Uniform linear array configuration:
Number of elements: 16
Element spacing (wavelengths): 0.5
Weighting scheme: exponential
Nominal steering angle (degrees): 45
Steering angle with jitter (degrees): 44.99
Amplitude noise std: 0.05
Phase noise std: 0.05

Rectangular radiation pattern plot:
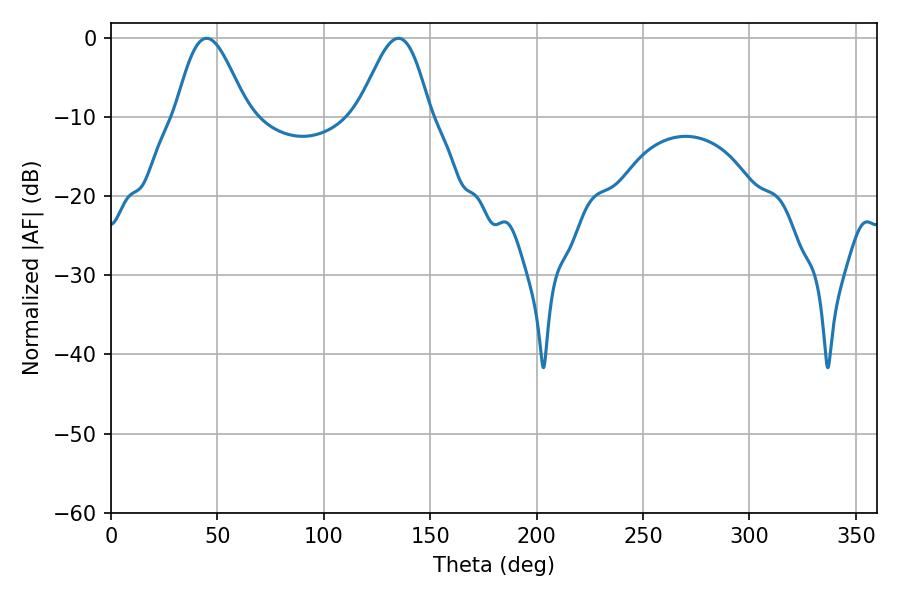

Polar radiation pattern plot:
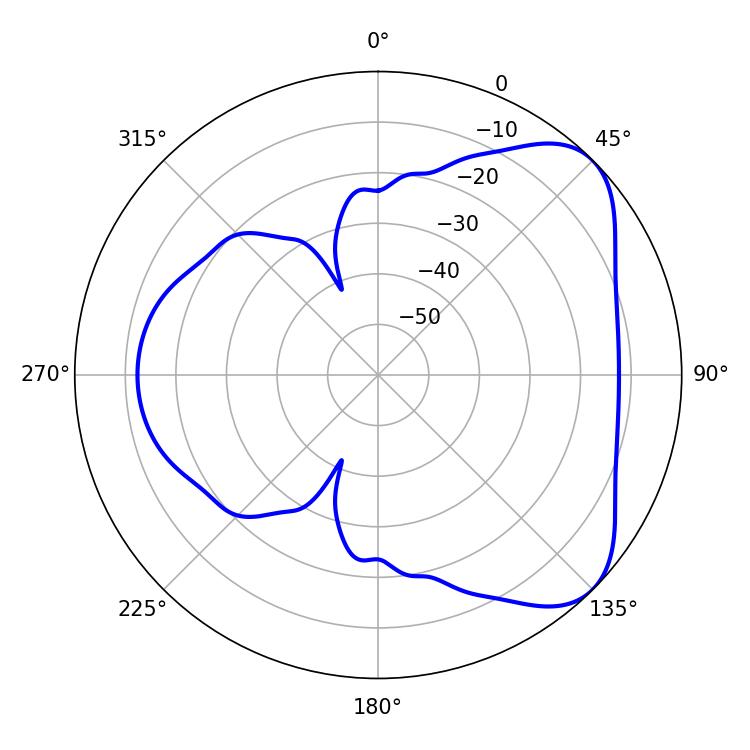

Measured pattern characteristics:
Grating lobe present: FALSE
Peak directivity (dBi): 5.88
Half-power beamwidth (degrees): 17.82
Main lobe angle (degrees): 45